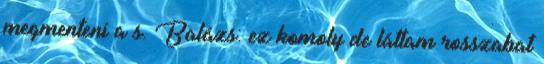
megmenteni a s. Balázs: ez komoly de láttam rosszabat